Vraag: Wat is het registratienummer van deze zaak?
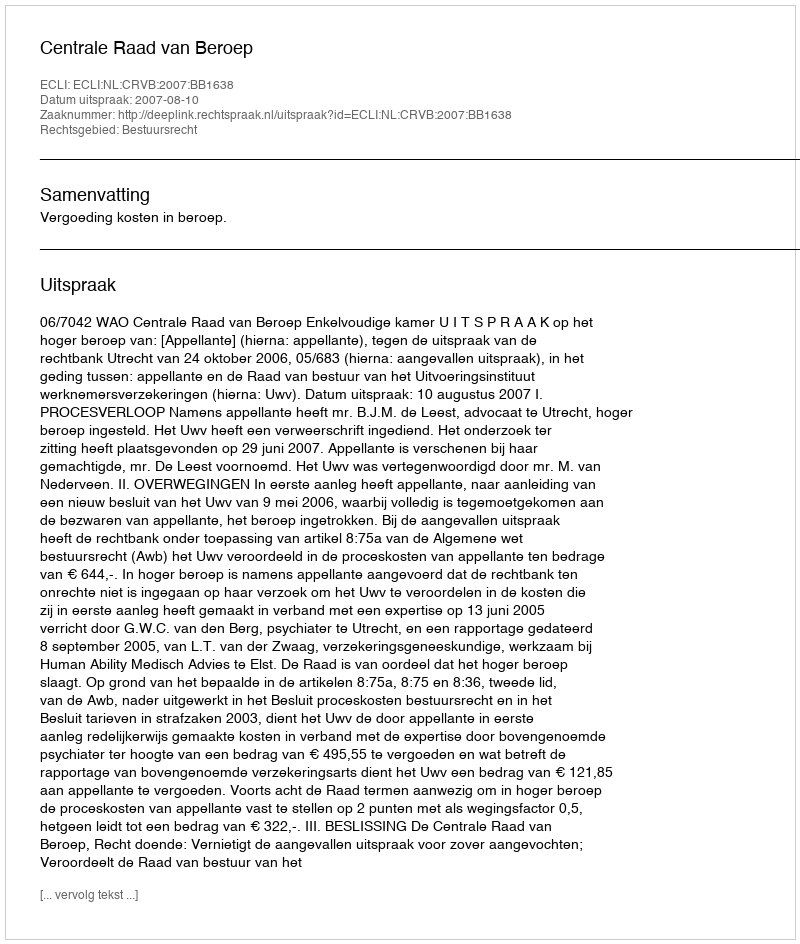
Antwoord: http://deeplink.rechtspraak.nl/uitspraak?id=ECLI:NL:CRVB:2007:BB1638